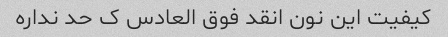
کیفیت این نون انقد فوق العادس ک حد نداره